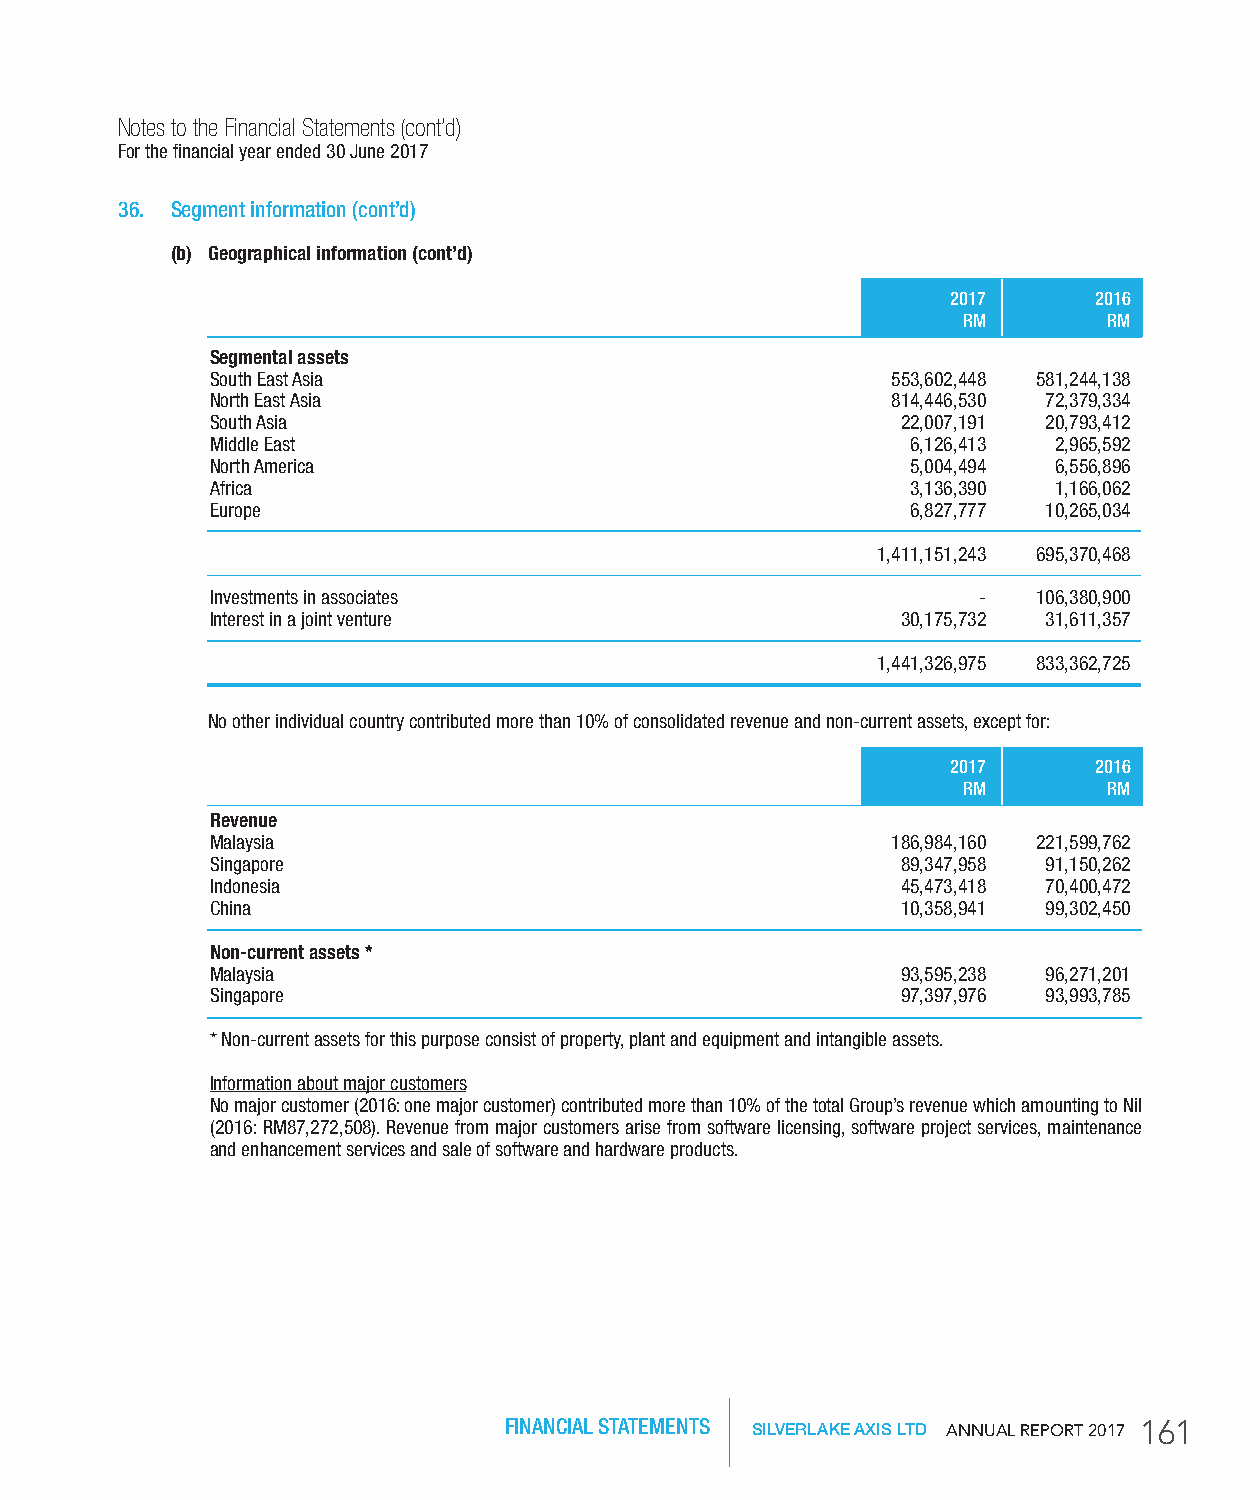
Notes to the Financial Statements (cont’d)
 For the financial year ended 30 June 2017
 36. Segment information (cont’d)
 (b) Geographical information (cont’d)
 2017     2016
 rM       rM
 Segmental assets
 South East Asia                              553,602,448 581,244,138
 North East Asia                              814,446,530 72,379,334
 South Asia                                    22,007,191 20,793,412
 Middle East                                   6,126,413 2,965,592
 North America                                 5,004,494 6,556,896
 Africa                                        3,136,390 1,166,062
 Europe                                        6,827,777 10,265,034
 1,411,151,243 695,370,468
 Investments in associates                          -   106,380,900
 Interest in a joint venture                   30,175,732 31,611,357
 1,441,326,975 833,362,725
 No other individual country contributed more than 10% of consolidated revenue and non-current assets, except for:
 2017     2016
 rM       rM
 revenue
 Malaysia                                     186,984,160 221,599,762
 Singapore                                     89,347,958 91,150,262
 Indonesia                                     45,473,418 70,400,472
 China                                         10,358,941 99,302,450
 non-current assets *
 Malaysia                                      93,595,238 96,271,201
 Singapore                                     97,397,976 93,993,785
 * Non-current assets for this purpose consist of property, plant and equipment and intangible assets.
 Information about major customers
 No major customer (2016: one major customer) contributed more than 10% of the total Group’s revenue which amounting to Nil
 (2016: RM87,272,508). Revenue from major customers arise from software licensing, software project services, maintenance
 and enhancement services and sale of software and hardware products.
 FINANCIAL STATEMENTS SILVERLAKE AXIS LTD AnnuAl RepoRt 2017 161